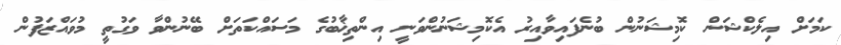
ކަމަށް އިލެކްޝަން ކޮމިޝަނުން ބުނެފައިވާއިރު އެކޮމިޝަނުންވަނީ އިންތިޚާބުގެ މަސައްކަތަށް ބޭނުންވާ ވަގުތީ މުވައްޒަފުން